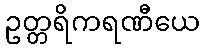
ဥတ္တရိကရဏီယေ